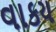
વાકય